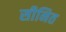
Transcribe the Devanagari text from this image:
सीनित